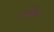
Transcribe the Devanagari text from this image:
जलेबिया